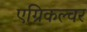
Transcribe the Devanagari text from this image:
एग्रिकल्चर